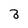
Character: 3